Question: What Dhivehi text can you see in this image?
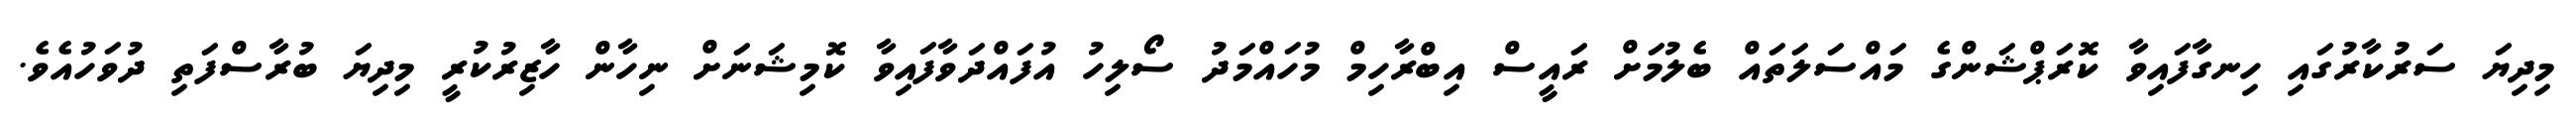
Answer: މިދިޔަ ސަރުކާރުގައި ހިނގާފައިވާ ކޮރަޕްޝަންގެ މައްސަލަތައް ބެލުމަށް ރައީސް އިބްރާހިމް މުހައްމަދު ސޯލިހު އުފައްދަވާފައިވާ ކޮމިޝަނަށް ނިހާން ހާޒިރުކުރީ މިދިޔަ ބުރާސްފަތި ދުވަހުއެވެ.